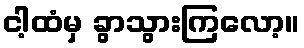
ငါ့ထံမှ ခွာသွားကြလော့။